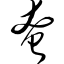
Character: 奄